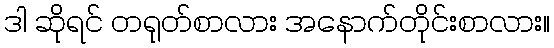
ဒါ ဆိုရင် တရုတ်စာလား အနောက်တိုင်းစာလား။